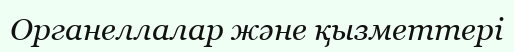
Органеллалар және қызметтері